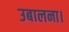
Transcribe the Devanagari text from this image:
उबालना।